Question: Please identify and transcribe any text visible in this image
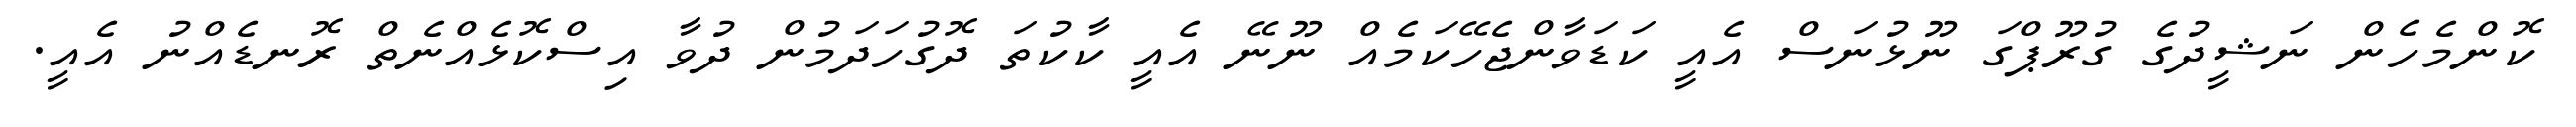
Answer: ކޮންމެހެން ނަޝީދުގެ ގުރޫޕްގަ ނޫޅުނަސް އެއީ ކަޑަވާންޖެހޭކަމެއް ނޫނޭ އެއީ ކާކުތަ ދޮގުހަދަމުން ދުވާ އިސްކޮޅެއްނެތް ރޮނޑެއްނު އެއީ.